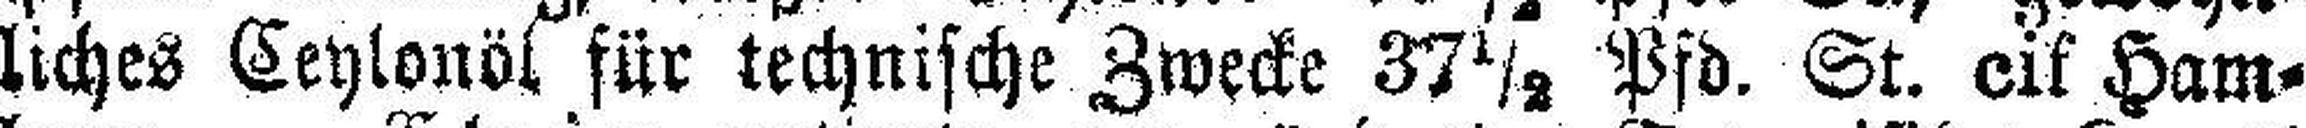
liches Ceylonöl für technische Zwecke 37½ Pfd. St. cif Ham¬